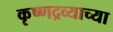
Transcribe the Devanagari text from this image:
कृष्णद्रव्याच्या